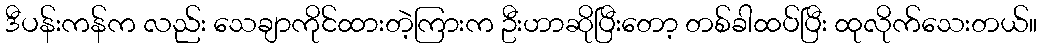
ဒီပန်းကန်က လည်း သေချာကိုင်ထားတဲ့ကြားက ဦးဟာဆိုပြီးတော့ တစ်ခါထပ်ပြီး ထုလိုက်သေးတယ်။